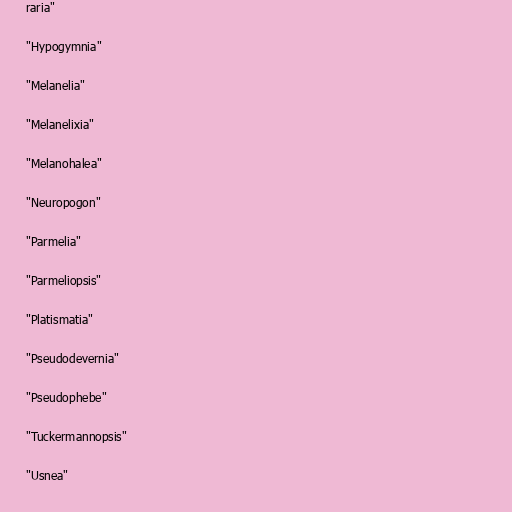
raria"

"Hypogymnia"

"Melanelia"

"Melanelixia"

"Melanohalea"

"Neuropogon"

"Parmelia"

"Parmeliopsis"

"Platismatia"

"Pseudodevernia"

"Pseudophebe"

"Tuckermannopsis"

"Usnea"